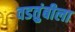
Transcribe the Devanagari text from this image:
वडतुंबीला